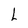
Character: L